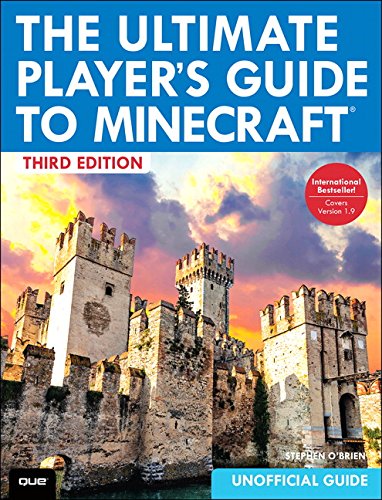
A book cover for The Ultimate Player's Guide to Minecraft (3rd Edition); Stephen O'Brien; Humor & Entertainment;